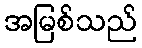
အမြစ်သည်